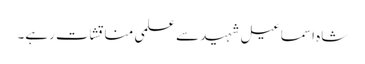
شاہ اسماعیل شہید سے علمی مناقشات رہے۔